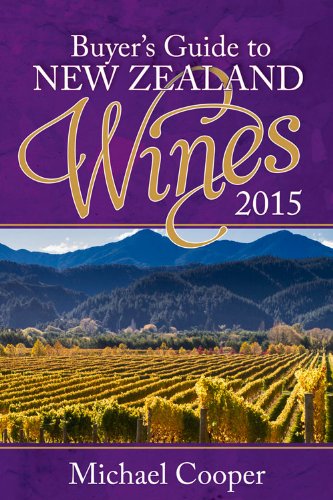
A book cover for Buyer's Guide to New Zealand Wines 2015 (Michael Cooper's Buyer's Guide to New Ze); Michael Cooper; Travel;